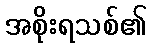
အစိုးရသစ်၏